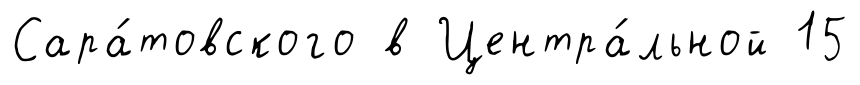
Сара́товского в Центра́льной 15